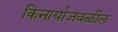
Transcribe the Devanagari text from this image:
किनार्याजवळील